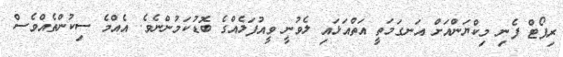
ރިޕޯޓް ފެނި މިކްޔަންއަށް އަނގަމަތީ އަތްއަޅައި ލެވުނީ ވީއުފަލެއްގެ ބޮޑުކަމުންނެވެ. އެއްމެ ސިކުންތެއްވެސް